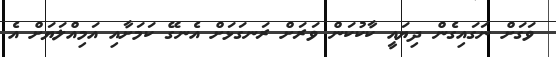
ވަގަށް ނަގައިގެން ދިޔައީ ކާކުކަން ވަރަށް ރަނގަޅަށް އެނގޭ ކަމަށާއި އަމިއްލަޔަށް އެ